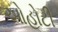
ઓહોટી